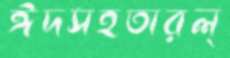
ঈদসহতারল্